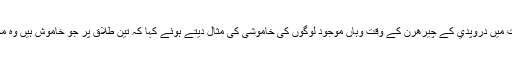
انہوں نے مہابھارت میں دروپدي کے چيرهرن کے وقت وہاں موجود لوگوں کی خاموشی کی مثال دیتے ہوئے کہا کہ تین طلاق پر جو خاموش ہیں وہ مجرموں جیسے ہیں۔